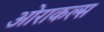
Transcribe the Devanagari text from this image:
ओराकल्स